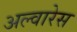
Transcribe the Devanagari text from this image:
अल्वारेस